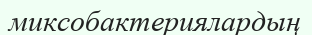
миксобактериялардың